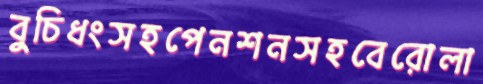
বুচিধংসহপেনশনসহবেরোলা